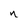
Character: n